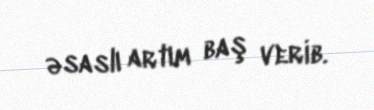
əsaslı artım baş verib.